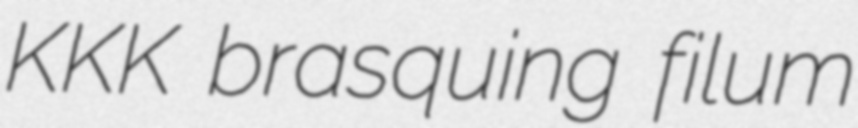
KKK brasquing filum